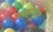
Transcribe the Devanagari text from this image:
ग्फ्ह्ग्फ्ह